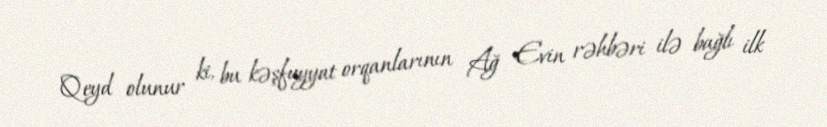
Qeyd olunur ki, bu kəşfuyyat orqanlarının Ağ Evin rəhbəri ilə bağlı ilk